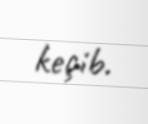
keçib.